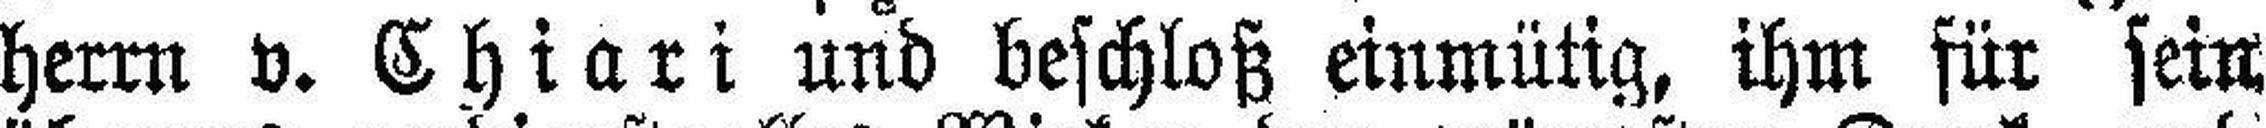
herrn v. Chiari und beschloß einmütig, ihm für sein